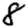
Digit: 8